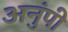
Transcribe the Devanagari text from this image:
अनुंपी